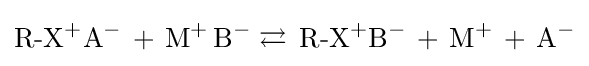
{\text{R-X}}^{+}{\text{A}}^{-}\,+\,{\text{M}}^{+}\,{\text{B}}^{-}\rightleftarrows \,{\text{R-X}}^{+}{\text{B}}^{-}\,+\,{\text{M}}^{+}\,+\,{\text{A}}^{-}